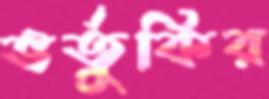
ভর্তুকির